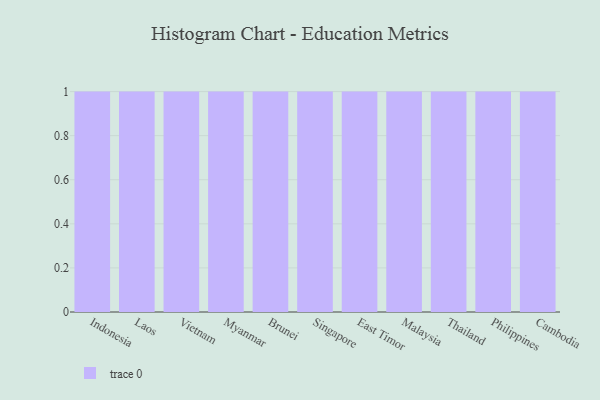
{"axis": {"x": "Country", "y": "Budget (USD K)"}, "legend": [""], "data": [{"x": "Indonesia", "y": 66, "type": ""}, {"x": "Laos", "y": 70, "type": ""}, {"x": "Vietnam", "y": 93, "type": ""}, {"x": "Myanmar", "y": 36, "type": ""}, {"x": "Brunei", "y": 82, "type": ""}, {"x": "Singapore", "y": 42, "type": ""}, {"x": "East Timor", "y": 14, "type": ""}, {"x": "Malaysia", "y": 44, "type": ""}, {"x": "Thailand", "y": 55, "type": ""}, {"x": "Philippines", "y": 54, "type": ""}, {"x": "Cambodia", "y": 81, "type": ""}]}